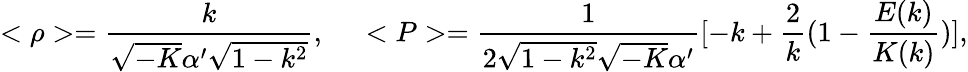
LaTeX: <\rho>=\frac{k}{\sqrt{-K}\alpha^{\prime}\sqrt{1-k^{2}}},\; \; \; \; \; <P>=\frac{1}{2\sqrt{1-k^{2}}\sqrt{-K}\alpha^{\prime}}[-k+\frac{2}{k}(1-\frac{E(k)}{K(k)})],